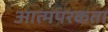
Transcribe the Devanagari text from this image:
आत्मपरकता